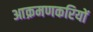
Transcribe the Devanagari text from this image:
आक्रमणकरियों